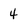
Character: 4